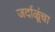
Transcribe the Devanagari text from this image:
जर्दाळूंचा